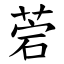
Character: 菪